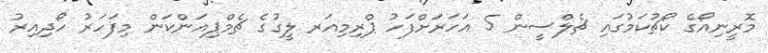
މޮރީނިއޯގެ ކޯޗުކަމުގައި ޗެލްސީން 5 އަހަރަށްފަހު ޕްރިމިއަރ ލީގުގެ ޗެމްޕިއަންކަން މިފަހަރު ހޯދިއިރު